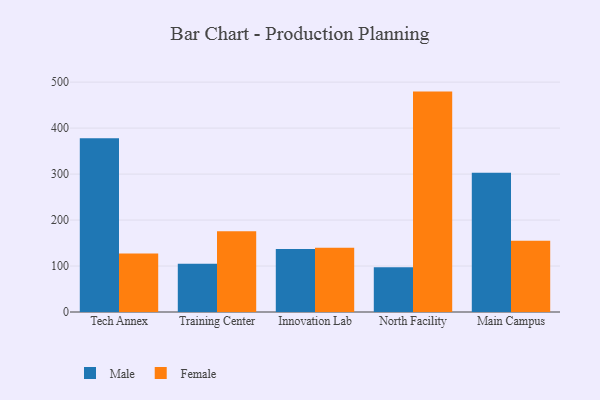
{"axis": {"x": "Campus", "y": "Active Users"}, "legend": ["Female", "Male"], "data": [{"x": "Tech Annex", "y": 377.7, "type": "Male"}, {"x": "Tech Annex", "y": 127.3, "type": "Female"}, {"x": "Training Center", "y": 104.9, "type": "Male"}, {"x": "Training Center", "y": 175.6, "type": "Female"}, {"x": "Innovation Lab", "y": 137.1, "type": "Male"}, {"x": "Innovation Lab", "y": 139.8, "type": "Female"}, {"x": "North Facility", "y": 97.5, "type": "Male"}, {"x": "North Facility", "y": 479.4, "type": "Female"}, {"x": "Main Campus", "y": 302.8, "type": "Male"}, {"x": "Main Campus", "y": 154.9, "type": "Female"}]}